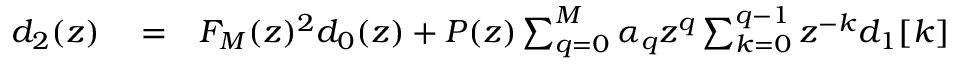
\begin{array} { r l r } { d _ { 2 } ( z ) } & { { } = } & { F _ { M } ( z ) ^ { 2 } d _ { 0 } ( z ) + P ( z ) \sum _ { q = 0 } ^ { M } \alpha _ { q } z ^ { q } \sum _ { k = 0 } ^ { q - 1 } z ^ { - k } { d _ { 1 } [ k ] } } \end{array}